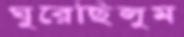
ঘুরেছিলুম